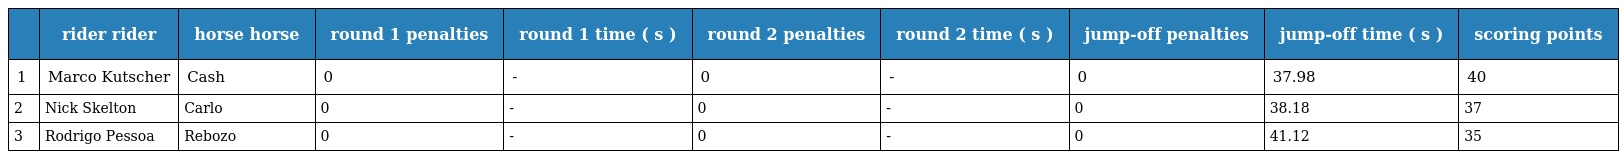
|  | rider rider | horse horse | round 1 penalties | round 1 time ( s ) | round 2 penalties | round 2 time ( s ) | jump-off penalties | jump-off time ( s ) | scoring points |
 | --- | --- | --- | --- | --- | --- | --- | --- | --- | --- |
 | 1 | Marco Kutscher | Cash | 0 | - | 0 | - | 0 | 37.98 | 40 |
 | 2 | Nick Skelton | Carlo | 0 | - | 0 | - | 0 | 38.18 | 37 |
 | 3 | Rodrigo Pessoa | Rebozo | 0 | - | 0 | - | 0 | 41.12 | 35 |